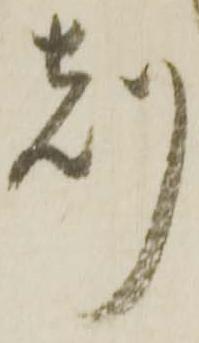
刻